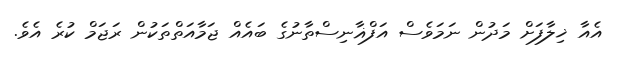
އެއާ ޚިލާފަށް މަދުން ނަމަވެސް އަފްޣާނިސްތާނުގެ ބައެއް ޖަމާއަތްތަކުން ރަޖަމް ކުރެ އެވެ.